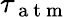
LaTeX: \tau_{\mathrm{~a~t~m~}}